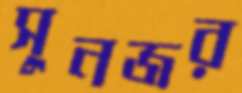
সুনজর